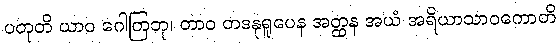
ပတုတိ ယာဝ ဂေါတြဘု၊ တာဝ တဒနုရူပေန အတ္ထန အယံ အရိယာသာဝကောတိ